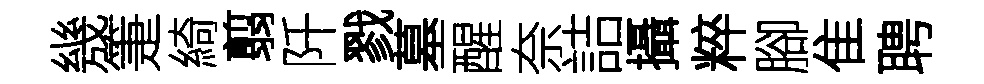
㡬箑綺翦阡戮墓醒奈詰攝粹腳隹聘